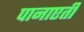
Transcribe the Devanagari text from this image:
पानाएती